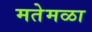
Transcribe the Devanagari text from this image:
मतेमळा